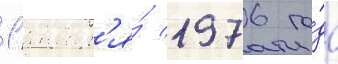
1 январ'я́ 1976 го́да